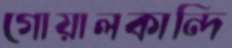
গোয়ালকান্দি